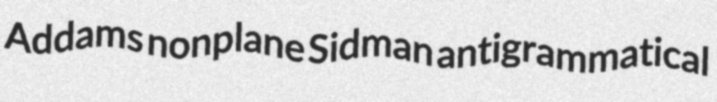
Addams nonplane Sidman antigrammatical